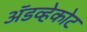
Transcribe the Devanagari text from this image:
ॲडव्हेकोट